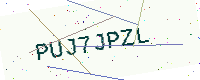
Text: PUJ7JPZL